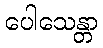
ပေါသေန္တာ